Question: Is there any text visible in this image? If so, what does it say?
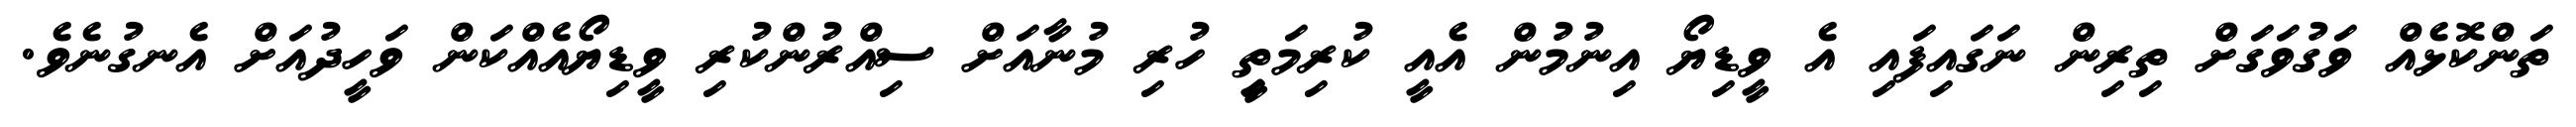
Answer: ތަންކޮޅެއް ވަގުވަގަށް ތިރިން ނަގައިފައި އެ ވީޑިޔޯ އިނުމުން އެއީ ކުރިމަތިީ ހުރި މުނާއަށް ސިއްރުންކުރި ވީޑިޔޯއެއްކަން ވަހީދުއަށް އެނގުނެވެ.